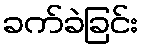
ခက်ခဲခြင်း